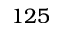
1 2 5